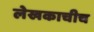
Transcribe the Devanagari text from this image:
लेखकाचीच